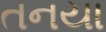
તનયા